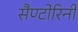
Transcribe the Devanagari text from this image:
सैण्टोरिनी